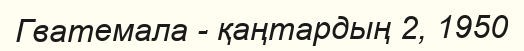
Гватемала - қаңтардың 2, 1950